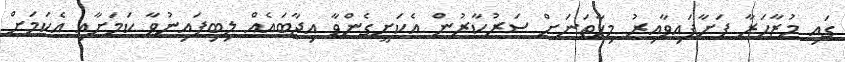
ގައި މުޒާހަރާ ފަށާފައިވާއިރު މިހާތަނަށް ސަރުކާރުން އެކަށީގެންވާ އިޖާބައެއް ލިބިފައިނުވާ ކަމަށާއި އެކަމަށް